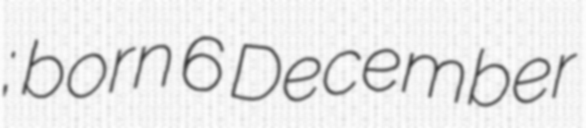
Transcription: Чабрић; born 6 December